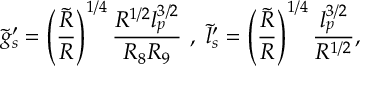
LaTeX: \tilde { g } _ { s } ^ { \prime } = \left( \frac { \tilde { R } } { R } \right) ^ { 1 / 4 } \frac { R ^ { 1 / 2 } l _ { p } ^ { 3 / 2 } } { R _ { 8 } R _ { 9 } } \ , \ \tilde { l } _ { s } ^ { \prime } = \left( \frac { \tilde { R } } { R } \right) ^ { 1 / 4 } \frac { l _ { p } ^ { 3 / 2 } } { R ^ { 1 / 2 } } ,